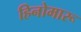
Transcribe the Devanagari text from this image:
हिनोमारू